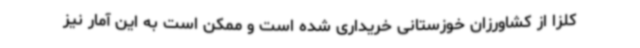
کلزا از کشاورزان خوزستانی خریداری شده است و ممکن است به این آمار نیز